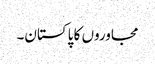
مجاوروں کا پاکستان۔